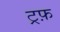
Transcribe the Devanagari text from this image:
ट्रफ़